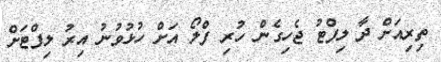
ތިރިއަށް ދާ ލިފްޓު ޖެހިގެން ހުރި ފްލޯ އަށް ހުޅުވުނު އިރު ލިފްޓަށް